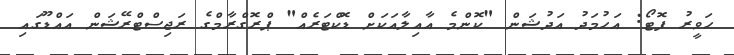
ހަވީރު ފޮޓޯ: އަހުމަދު އަދުޝަން "ކޮންމެ އާއިލާއަކަށް ޑޮކްޓަރެއް" ޕްރޮގްރާމްގެ ރަޖިސްޓްރޭޝަން އައްޑޫގައި